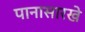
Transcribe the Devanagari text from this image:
पानासारखे